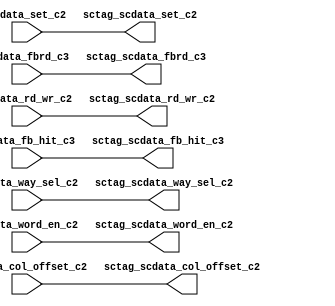
module sctag_tagctlrep(/*AUTOARG*/
   // Outputs
   sctag_scdata_set_c2, sctag_scdata_way_sel_c2, 
   sctag_scdata_col_offset_c2, sctag_scdata_rd_wr_c2, 
   sctag_scdata_word_en_c2, sctag_scdata_fbrd_c3, 
   sctag_scdata_fb_hit_c3, 
   // Inputs
   scdata_set_c2, scdata_way_sel_c2, scdata_col_offset_c2, 
   scdata_rd_wr_c2, scdata_word_en_c2, scdata_fbrd_c3, 
   scdata_fb_hit_c3
   );


input  [9:0]	scdata_set_c2; // Left
input  [11:0]  scdata_way_sel_c2;
input  [3:0]   scdata_col_offset_c2;
input          scdata_rd_wr_c2;
input  [15:0]  scdata_word_en_c2;
input		scdata_fbrd_c3;
input		scdata_fb_hit_c3;


output  [9:0]	sctag_scdata_set_c2; // Right
output  [11:0]  sctag_scdata_way_sel_c2; // Right
output  [3:0]   sctag_scdata_col_offset_c2; // Right
output          sctag_scdata_rd_wr_c2; // Right
output  [15:0]  sctag_scdata_word_en_c2; // Right
output		sctag_scdata_fbrd_c3; // Right
output		sctag_scdata_fb_hit_c3; // Right


// 46 control bits.
assign	sctag_scdata_fb_hit_c3 = scdata_fb_hit_c3;
assign	sctag_scdata_fbrd_c3 = scdata_fbrd_c3 ;
assign	sctag_scdata_word_en_c2 = scdata_word_en_c2;
assign	sctag_scdata_rd_wr_c2 = scdata_rd_wr_c2 ;
assign	sctag_scdata_col_offset_c2 = scdata_col_offset_c2 ;
assign	sctag_scdata_way_sel_c2 = scdata_way_sel_c2;  
assign	sctag_scdata_set_c2 = scdata_set_c2 ; 




endmodule